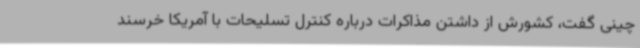
چینی گفت، کشورش از داشتن مذاکرات درباره کنترل تسلیحات با آمریکا خرسند